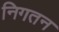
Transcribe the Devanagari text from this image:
निगतन